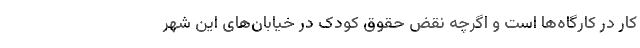
کار در کارگاه‌‌‌ها است و اگرچه نقض حقوق کودک در خیابان‌های این شهر